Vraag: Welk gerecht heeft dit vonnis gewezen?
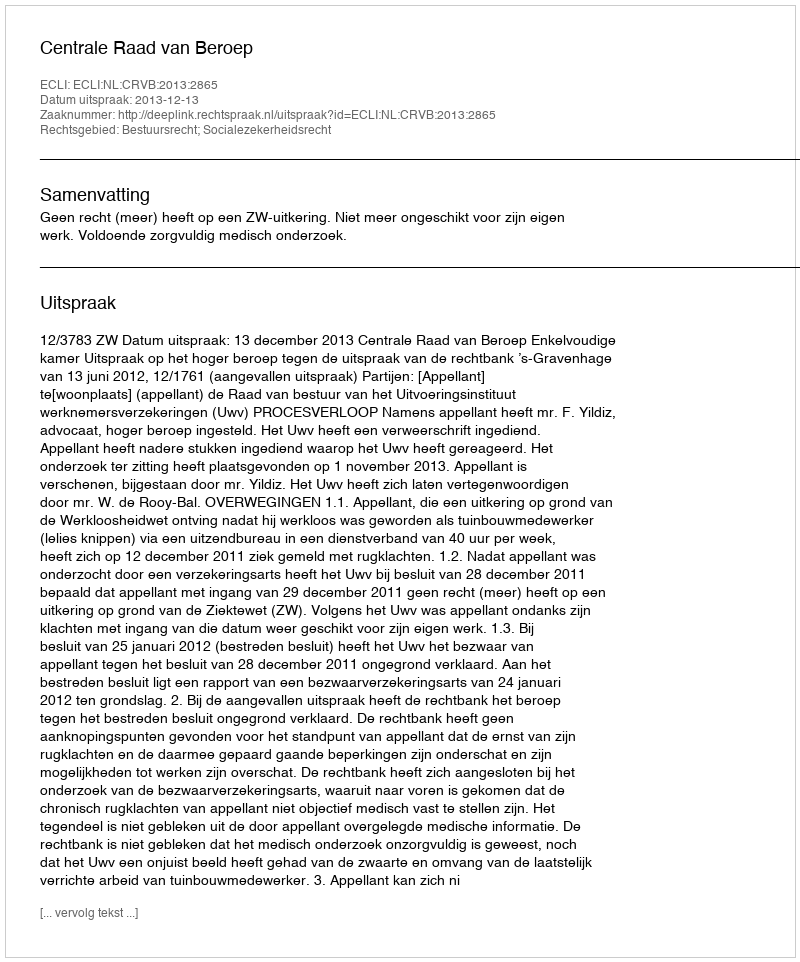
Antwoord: Centrale Raad van Beroep